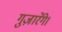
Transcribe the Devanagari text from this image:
गुज़ारेंगे।